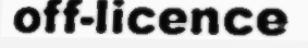
off-licence